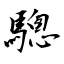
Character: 驄